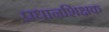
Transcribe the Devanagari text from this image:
प्रधानशिक्षक